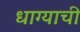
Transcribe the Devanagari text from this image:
धाग्याची